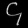
Digit: ၄